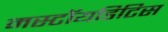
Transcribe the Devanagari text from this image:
मस्टॉयडिटिस